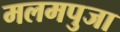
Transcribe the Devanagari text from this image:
मलमपुजा